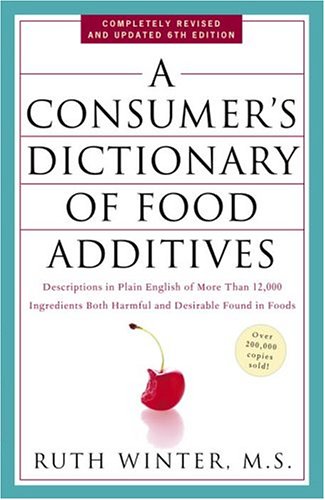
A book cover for A Consumer's Dictionary of Food Additives: Descriptions in Plain English of More Than 12,000 Ingredients Both Harmful and Desirable Found in Foods; Ruth Winter; Health, Fitness & Dieting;